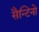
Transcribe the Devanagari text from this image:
सैन्टिनो